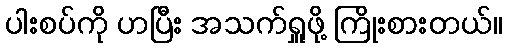
ပါးစပ်ကို ဟပြီး အသက်ရှူဖို့ ကြိုးစားတယ်။